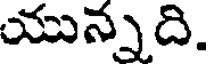
యున్నది.